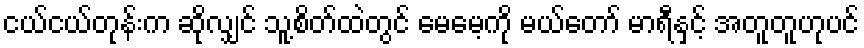
ငယ်ငယ်တုန်းက ဆိုလျှင် သူ့စိတ်ထဲတွင် မေမေ့ကို မယ်တော် မာရီနှင့် အတူတူဟုပင်